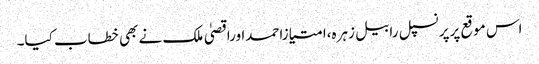
اس موقع پرپرنسپل رابیل زہرہ،امتیازاحمداوراقصیٰ ملک نے بھی خطاب کیا۔